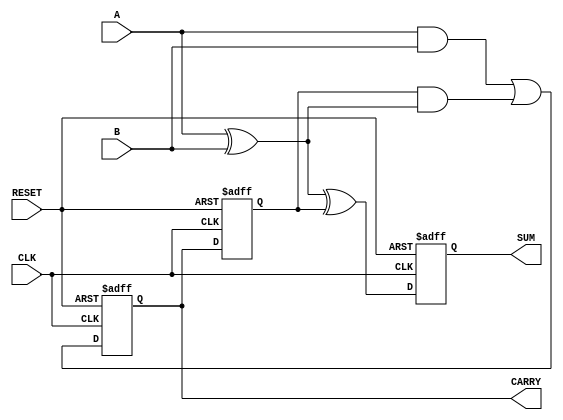
module SequentialHalfAdder (
    input wire A,       // First operand
    input wire B,       // Second operand
    input wire CLK,     // Clock signal
    input wire RESET,   // Active high reset
    output reg SUM,     // Sum output
    output reg CARRY    // Carry output
);

    // Internal state to hold the carry from the previous operation
    reg prev_carry;

    // Sequential logic for the half-adder
    always @(posedge CLK or posedge RESET) begin
        if (RESET) begin
            SUM <= 0;       // Initialize SUM to 0
            CARRY <= 0;     // Initialize CARRY to 0
            prev_carry <= 0; // Initialize previous carry to 0
        end else begin
            // Calculate the sum and carry based on current inputs and previous carry
            SUM <= A ^ B ^ prev_carry;  // SUM is the XOR of A, B, and previous carry
            CARRY <= (A & B) | (prev_carry & (A ^ B)); // CARRY is determined by current and previous carries
            prev_carry <= CARRY;         // Update previous carry for next clock cycle
        end
    end

endmodule